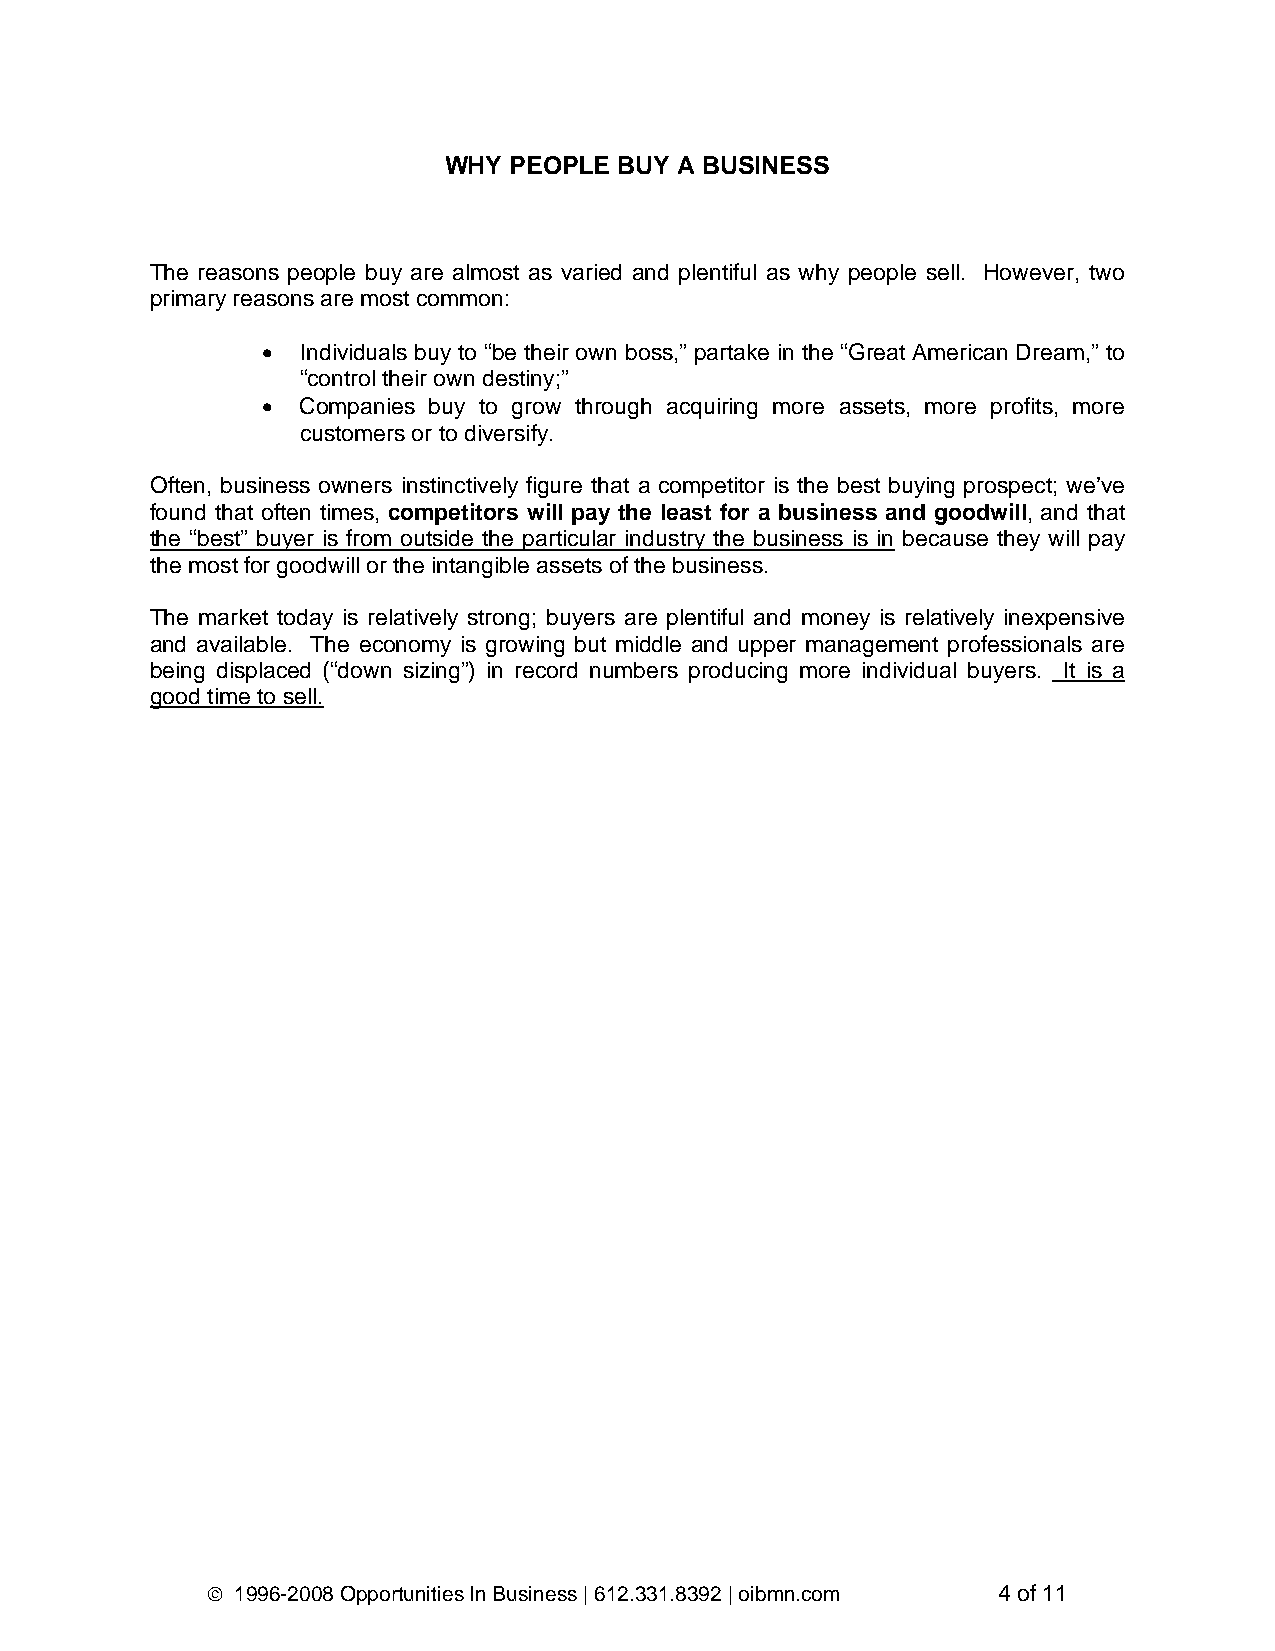
WHY  PEOPLE BUY A BUSINESS
 The reasons people buy are almost as varied and plentiful as why people sell. However, two
 primary reasons are most common:
 •  Individuals buy to “be their own boss,” partake in the “Great American Dream,” to
 “control their own destiny;”
 •  Companies buy to grow through acquiring more assets, more profits, more
 customers or to diversify.
 Often, business owners instinctively figure that a competitor is the best buying prospect; we’ve
 found that often times, competitors will pay the least for a business and goodwill, and that
 the “best” buyer is from outside the particular industry the business is in because they will pay
 the most for goodwill or the intangible assets of the business.
 The market today is relatively strong; buyers are plentiful and money is relatively inexpensive
 and available. The economy is growing but middle and upper management professionals are
 being displaced (“down sizing”) in record numbers producing more individual buyers. It is a
 good time to sell.
 © 1996-2008 Opportunities In Business | 612.331.8392 | oibmn.com 4 of 11